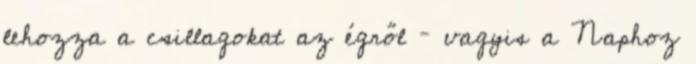
lehozza a csillagokat az égről – vagyis a Naphoz